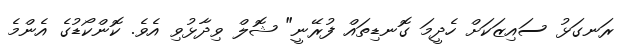
ރަނގަޅު ސައިޒަކަށް ހެދީމަ ގޮނޑިތައް ފުރޭނީ" ޝޮލް ވިދާޅުވި އެވެ. ކޮންކޯޑުގެ އެންމެ